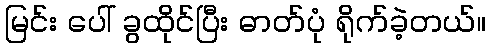
မြင်း ပေါ် ခွထိုင်ပြီး ဓာတ်ပုံ ရိုက်ခဲ့တယ်။